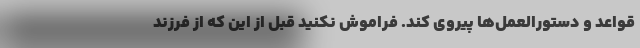
قواعد و دستورالعمل‌ها پیروی کند. فراموش نکنید قبل از این که از فرزند